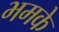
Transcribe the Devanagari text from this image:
भमके